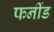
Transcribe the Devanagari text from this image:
फनींड